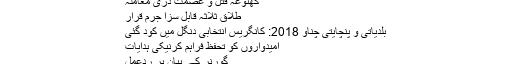
کھٹوعہ قتل و عصمت دری معاملہ
طلاق ثلاثہ قابلِ سزا جرم قرار
بلدیاتی و پنچایتی چناؤ 2018: کانگریس انتخابی دنگل میں کود گئی
امیدواروں کو تحفظ فراہم کرنیکی ہدایات
گورنر کے بیان پر ردعمل